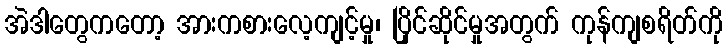
အဲဒါတွေကတော့ အားကစားလေ့ကျင့်မှု၊ ပြိုင်ဆိုင်မှုအတွက် ကုန်ကျစရိတ်ကို